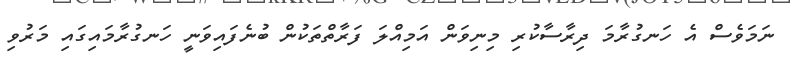
ނަމަވެސް އެ ހަނގުރާމަ ދިރާސާކުރި މިނިވަން އަމިއްލަ ފަރާތްތަކުން ބުނެފައިވަނީ ހަނގުރާމައިގައި މަރުވި